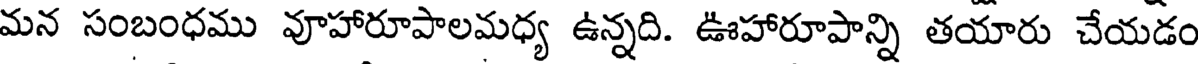
మన సంబంధము వూహారూపాలమధ్య ఉన్నది. ఊహారూపాన్ని తయారు చేయడం